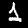
Label: 1